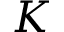
K